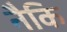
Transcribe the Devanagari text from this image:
नैकि